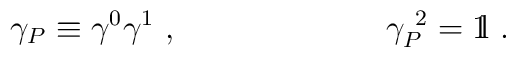
\gamma_P\equiv \gamma^0 \gamma^1 ~,~~~~~~~~~~~~~~~~~~~\gamma_P^{~2}= \hbox{{1}\kern-.25em\hbox{l}} ~.